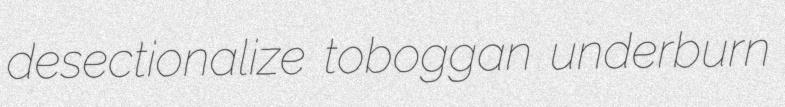
desectionalize toboggan underburn